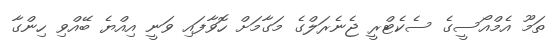
ތަމޫ އެމްއޯސީގެ ސެކެޓްރީ ޖެނެރަލްގެ މަގާމަށް ހޮވާފައި ވަނީ އިއްޔެ ބޭއްވި ހިންގާ